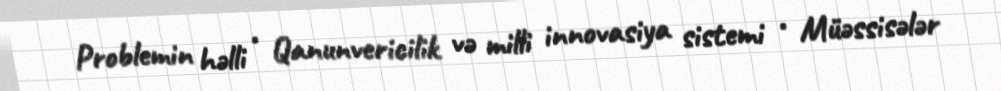
Problemin həlli • Qanunvericilik və milli innovasiya sistemi • Müəssisələr